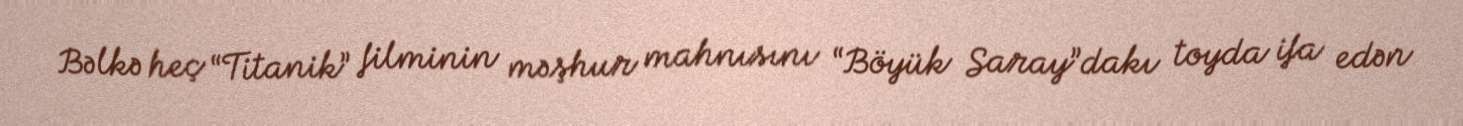
Bəlkə heç “Titanik” filminin məşhur mahnısını “Böyük Saray”dakı toyda ifa edən